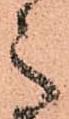
之